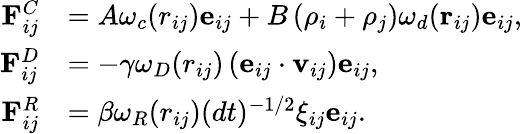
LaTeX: \begin{array}{rl}{\mathbf{F}_{ij}^{C}}&{=A\omega_{c}(r_{ij})\mathbf{e}_{ij}+B\left(\rho_{i}+\rho_{j}\right)\omega_{d}(\mathbf{r}_{ij})\mathbf{e}_{ij},}\\ {\mathbf{F}_{ij}^{D}}&{=-\gamma\omega_{D}(r_{ij})\left(\mathbf{e}_{ij}\cdot\mathbf{v}_{ij}\right)\mathbf{e}_{ij},}\\ {\mathbf{F}_{ij}^{R}}&{=\beta\omega_{R}(r_{ij})(dt)^{-1/2}\xi_{ij}\mathbf{e}_{ij}.}\end{array}